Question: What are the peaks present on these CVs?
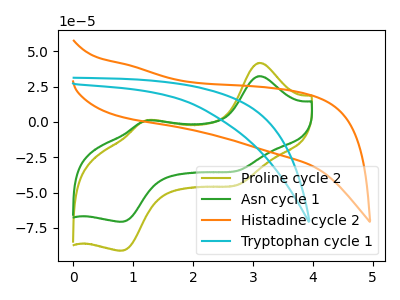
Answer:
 <answer>The olive curve "Proline cycle 2" has anodic peaks at (3.10V, 41.75uA) (1.25V, 1.40uA) and cathodic peaks at (2.80V, -43.95uA) (0.85V, -90.90uA). The green curve "Asn cycle 1" has anodic peaks at (3.10V, 32.40uA) (1.25V, 1.05uA) and cathodic peaks at (2.80V, -34.05uA) (0.85V, -70.50uA). The orange curve "Histadine cycle 2" has no peaks. The cyan curve "Tryptophan cycle 1" has no peaks.</answer>
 <eval></eval>